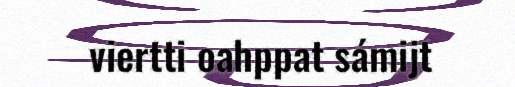
viertti oahppat sámijt